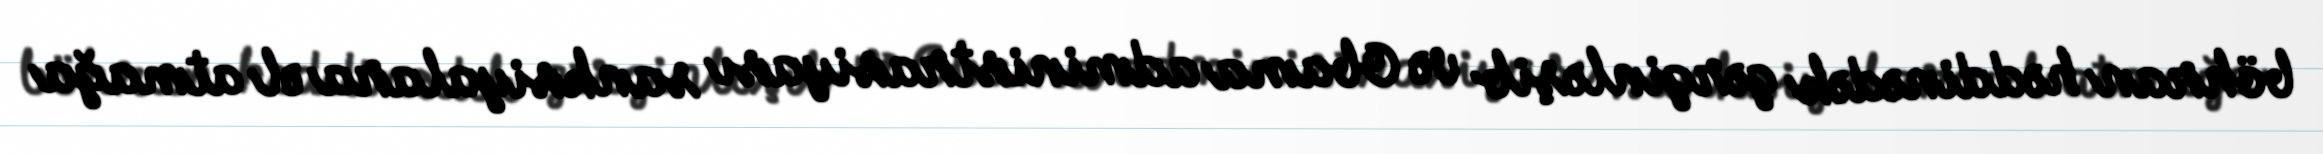
böhran həddinədək gərginləşib və Obama administrasiyası sanksiyalara əl atmağa